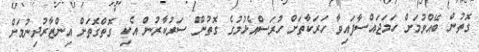
ގޮތުން ބޭއްވުމަށް ހަމަޖައްސާފައިވާ ހަރަކާތަށް ހުރަސްއެޅުމުގެ ގޮތުން ސަރުކާރުން އެކި ގޮތްގޮތަށް އިންޒާރުދިނުމަށް